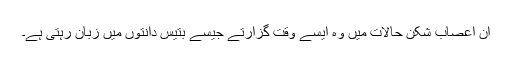
ان اعصاب شکن حالات میں وہ ایسے وقت گزارتے جیسے بتیس دانتوں میں زبان رہتی ہے۔